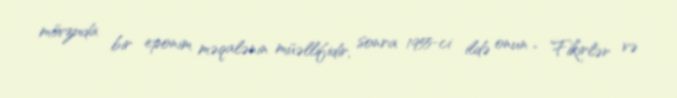
mövzuda bir eponim məqalənin müəllifidir, sonra 1955-ci ildə onun " Fikirlər və